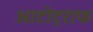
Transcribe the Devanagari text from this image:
आटोट्राफ